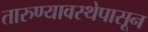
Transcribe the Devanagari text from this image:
तारुण्यावस्थेपासून